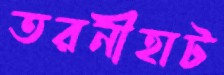
তরনীহাট